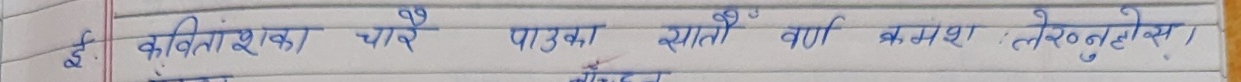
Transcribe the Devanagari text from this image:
ई. कवितांशका चारै पाउका सातौँ वर्ण क्रमशः लेरुनु होस।